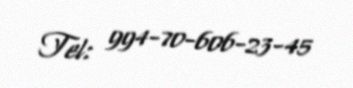
Tel: 994-70-606-23-45